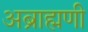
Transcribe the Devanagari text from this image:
अब्राह्मणी